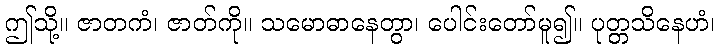
ဤသို့။ ဇာတကံ၊ ဇာတ်ကို။ သမောဓာနေတွာ၊ ပေါင်းတော်မူ၍။ ပုတ္တသိနေဟံ၊